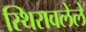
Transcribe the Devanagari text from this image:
स्थिरावलेले